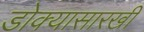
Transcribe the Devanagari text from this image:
डोक्यासारखी